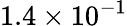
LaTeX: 1.4\times 10^{-1}